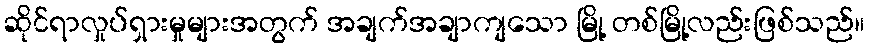
ဆိုင်ရာလှုပ်ရှားမှုများအတွက် အချက်အချာကျသော မြို့ တစ်မြို့လည်းဖြစ်သည်။